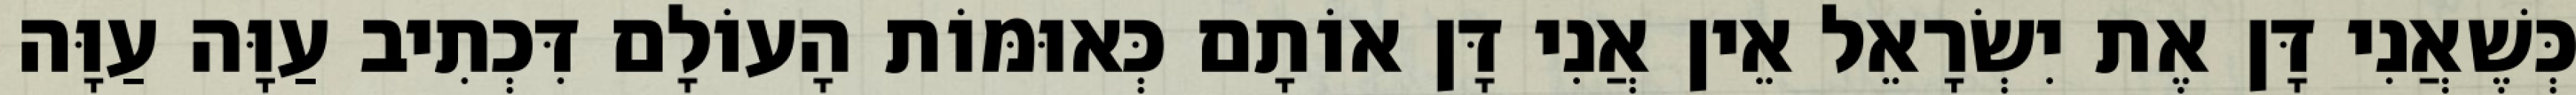
כְּשֶׁאֲנִי דָּן אֶת יִשְׂרָאֵל אֵין אֲנִי דָּן אוֹתָם כְּאוּמּוֹת הָעוֹלָם דִּכְתִיב עַוָּה עַוָּה